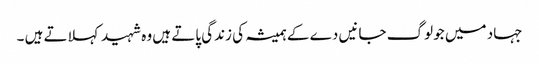
جہاد میں جو لوگ جانیں دے کے ہمیشہ کی زندگی پاتے ہیں وہ شہید کہلاتے ہیں ۔